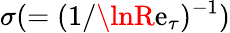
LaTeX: \sigma(=(1/\lnR\mathrm{e}_{\tau})^{-1})